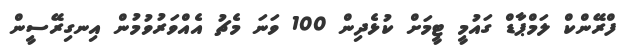
ފްރޭންކް ލަމްޕާޑް ގައުމީ ޓީމަށް ކުޅެދިން 100 ވަނަ މެޗު އެއްވަރުވުމުން އިނގިރޭސީން